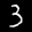
Label: 3